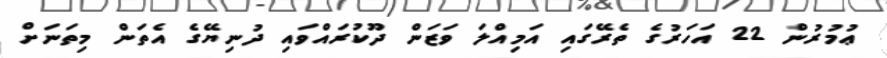
ޢުމުރުން 22 އަހަރުގެ ތެރޭގައި އަމިއްލަ ވަޒަން ދޫކުރައްވައި ދުނިޔޭގެ އެތަން މިތަނަށް